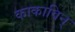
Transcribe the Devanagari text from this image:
काकाविन्